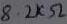
Text: 8.2kΩ